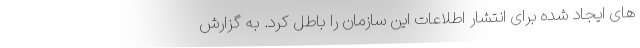
های ایجاد شده برای انتشار اطلاعات این سازمان را باطل کرد. به گزارش